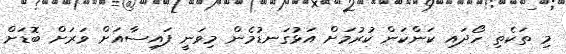
މި ތަކެތި ހޯދައި ކަންކަން ކުރުމަށް އަޅުގަނޑުމެން މިވަނީ ފައިސާއަށް ވަރަށް ބޮޑަށް